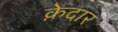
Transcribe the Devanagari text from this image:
क़ेदार